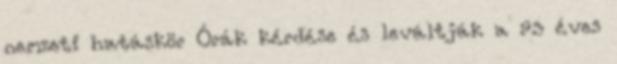
nemzeti hatáskör Órák kérdése és leváltják a 93 éves